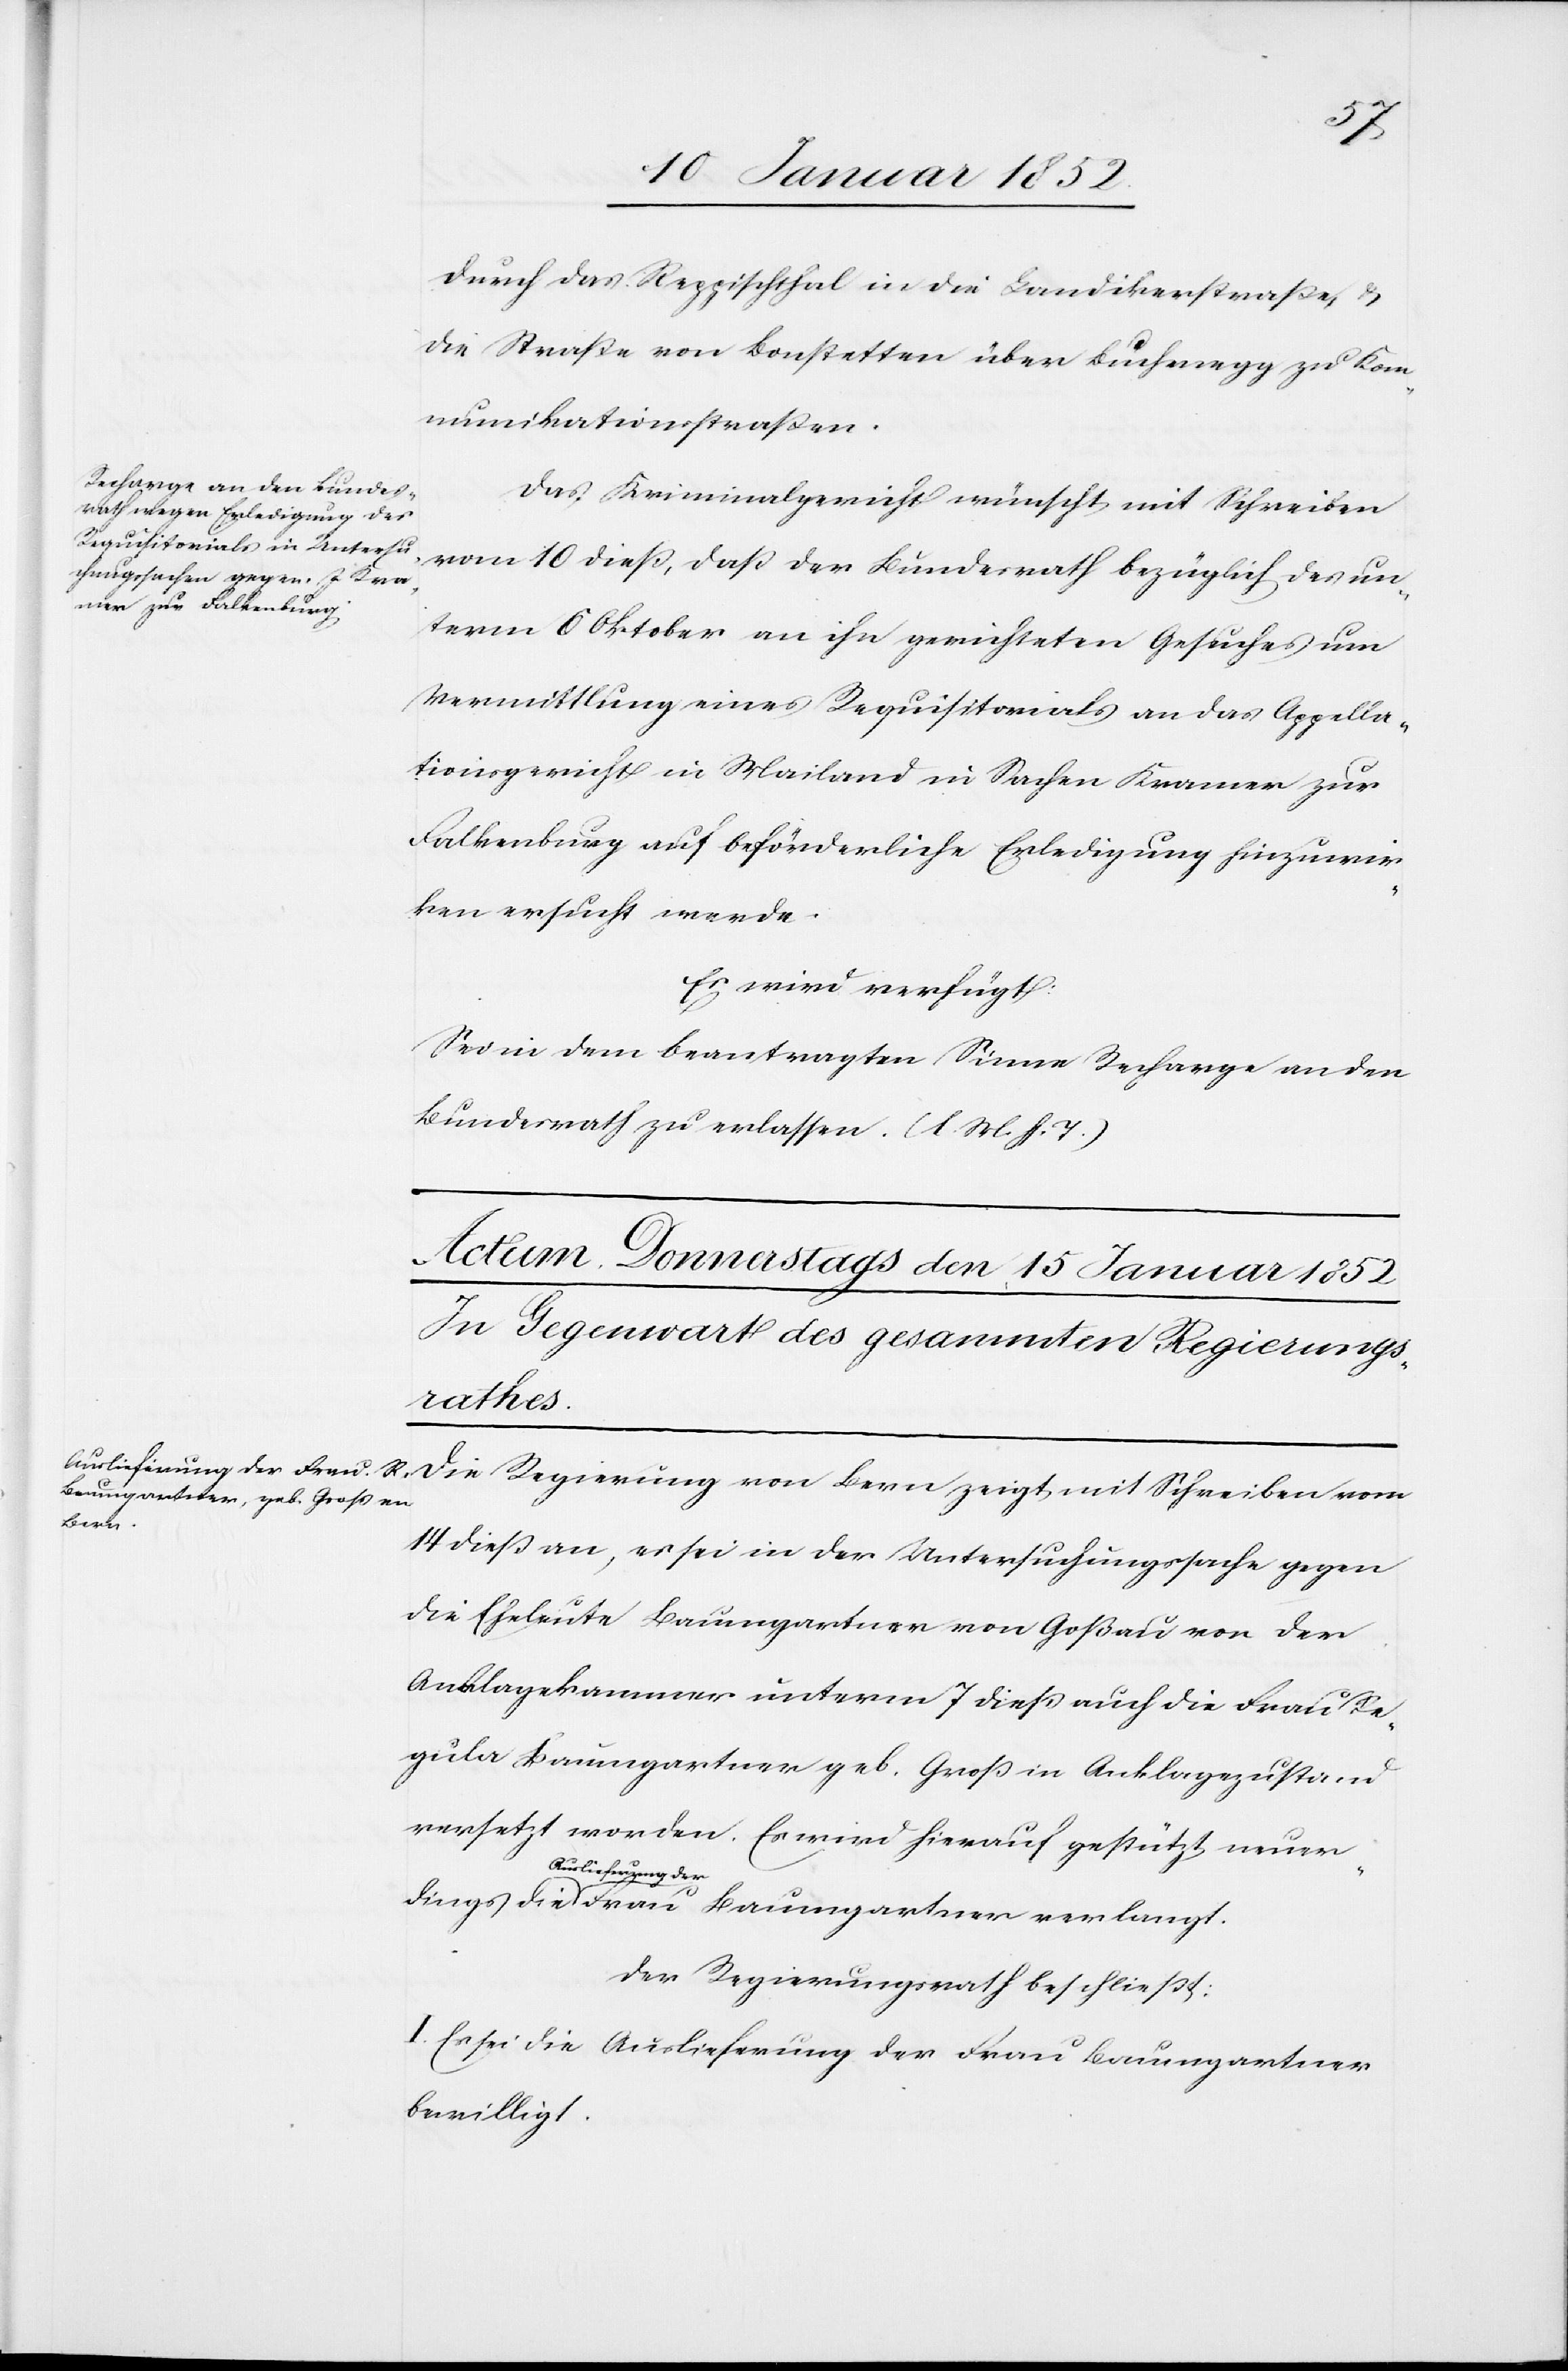
die

13 Januar 1852]
durch das Reppischthal in die Landikerstraße, u.
die Straße von Bonstetten über Buchenegg zu Kom¬
munikationssstraßen.
Das Kriminalgericht wünscht mit Schreiben
vom 10 dieß, daß der Bundesrath bezüglich des un¬
term 6 Oktober an ihn gerichteten Gesuches um
Vermittlung eines Requisitorials an das Appella¬
tionsgericht in Mailand in Sachen Kramer zur
Falkenburg auf beförderliche Erledigung hinzuwir¬
ken ersucht werde.
Es wird verfügt:
Sei in dem beantragten Sinne Recharge an den
Bundesrath zu erlassen. (l. M. h. T.)
Die Regierung von Bern zeigt mit Schreiben vom
14 dieß an, es sei in der Untersuchungssache gegen
die Eheleute Baumgartner von Goßau vor der
Anklagekammer unterm 7 dieß auch die Frau Re¬
gula Baumgartner geb. Groß in Anklagezustand
versetzt worden. Es wird hierauf gestützt neuer¬
Auslieferung der
Der Regierungsrath beschließt:
I. Es sei die Auslieferung der Frau Baumgartner
bewilligt.